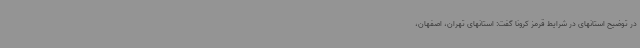
در توضیح استانهای در شرایط قرمز کرونا گفت: استانهای تهران، اصفهان،